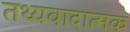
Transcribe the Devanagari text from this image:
तथ्यवादात्मक